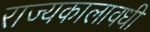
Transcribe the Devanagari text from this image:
राज्यकालावधी